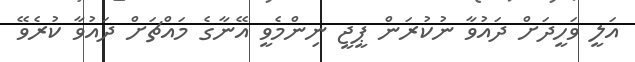
އަލީ ވަހީދަށް ދައުވާ ނުކުރަން ޕީޖީ ނިންމެވީ އޭނާގެ މައްޗަށް ދައުވާ ކުރެވޭ